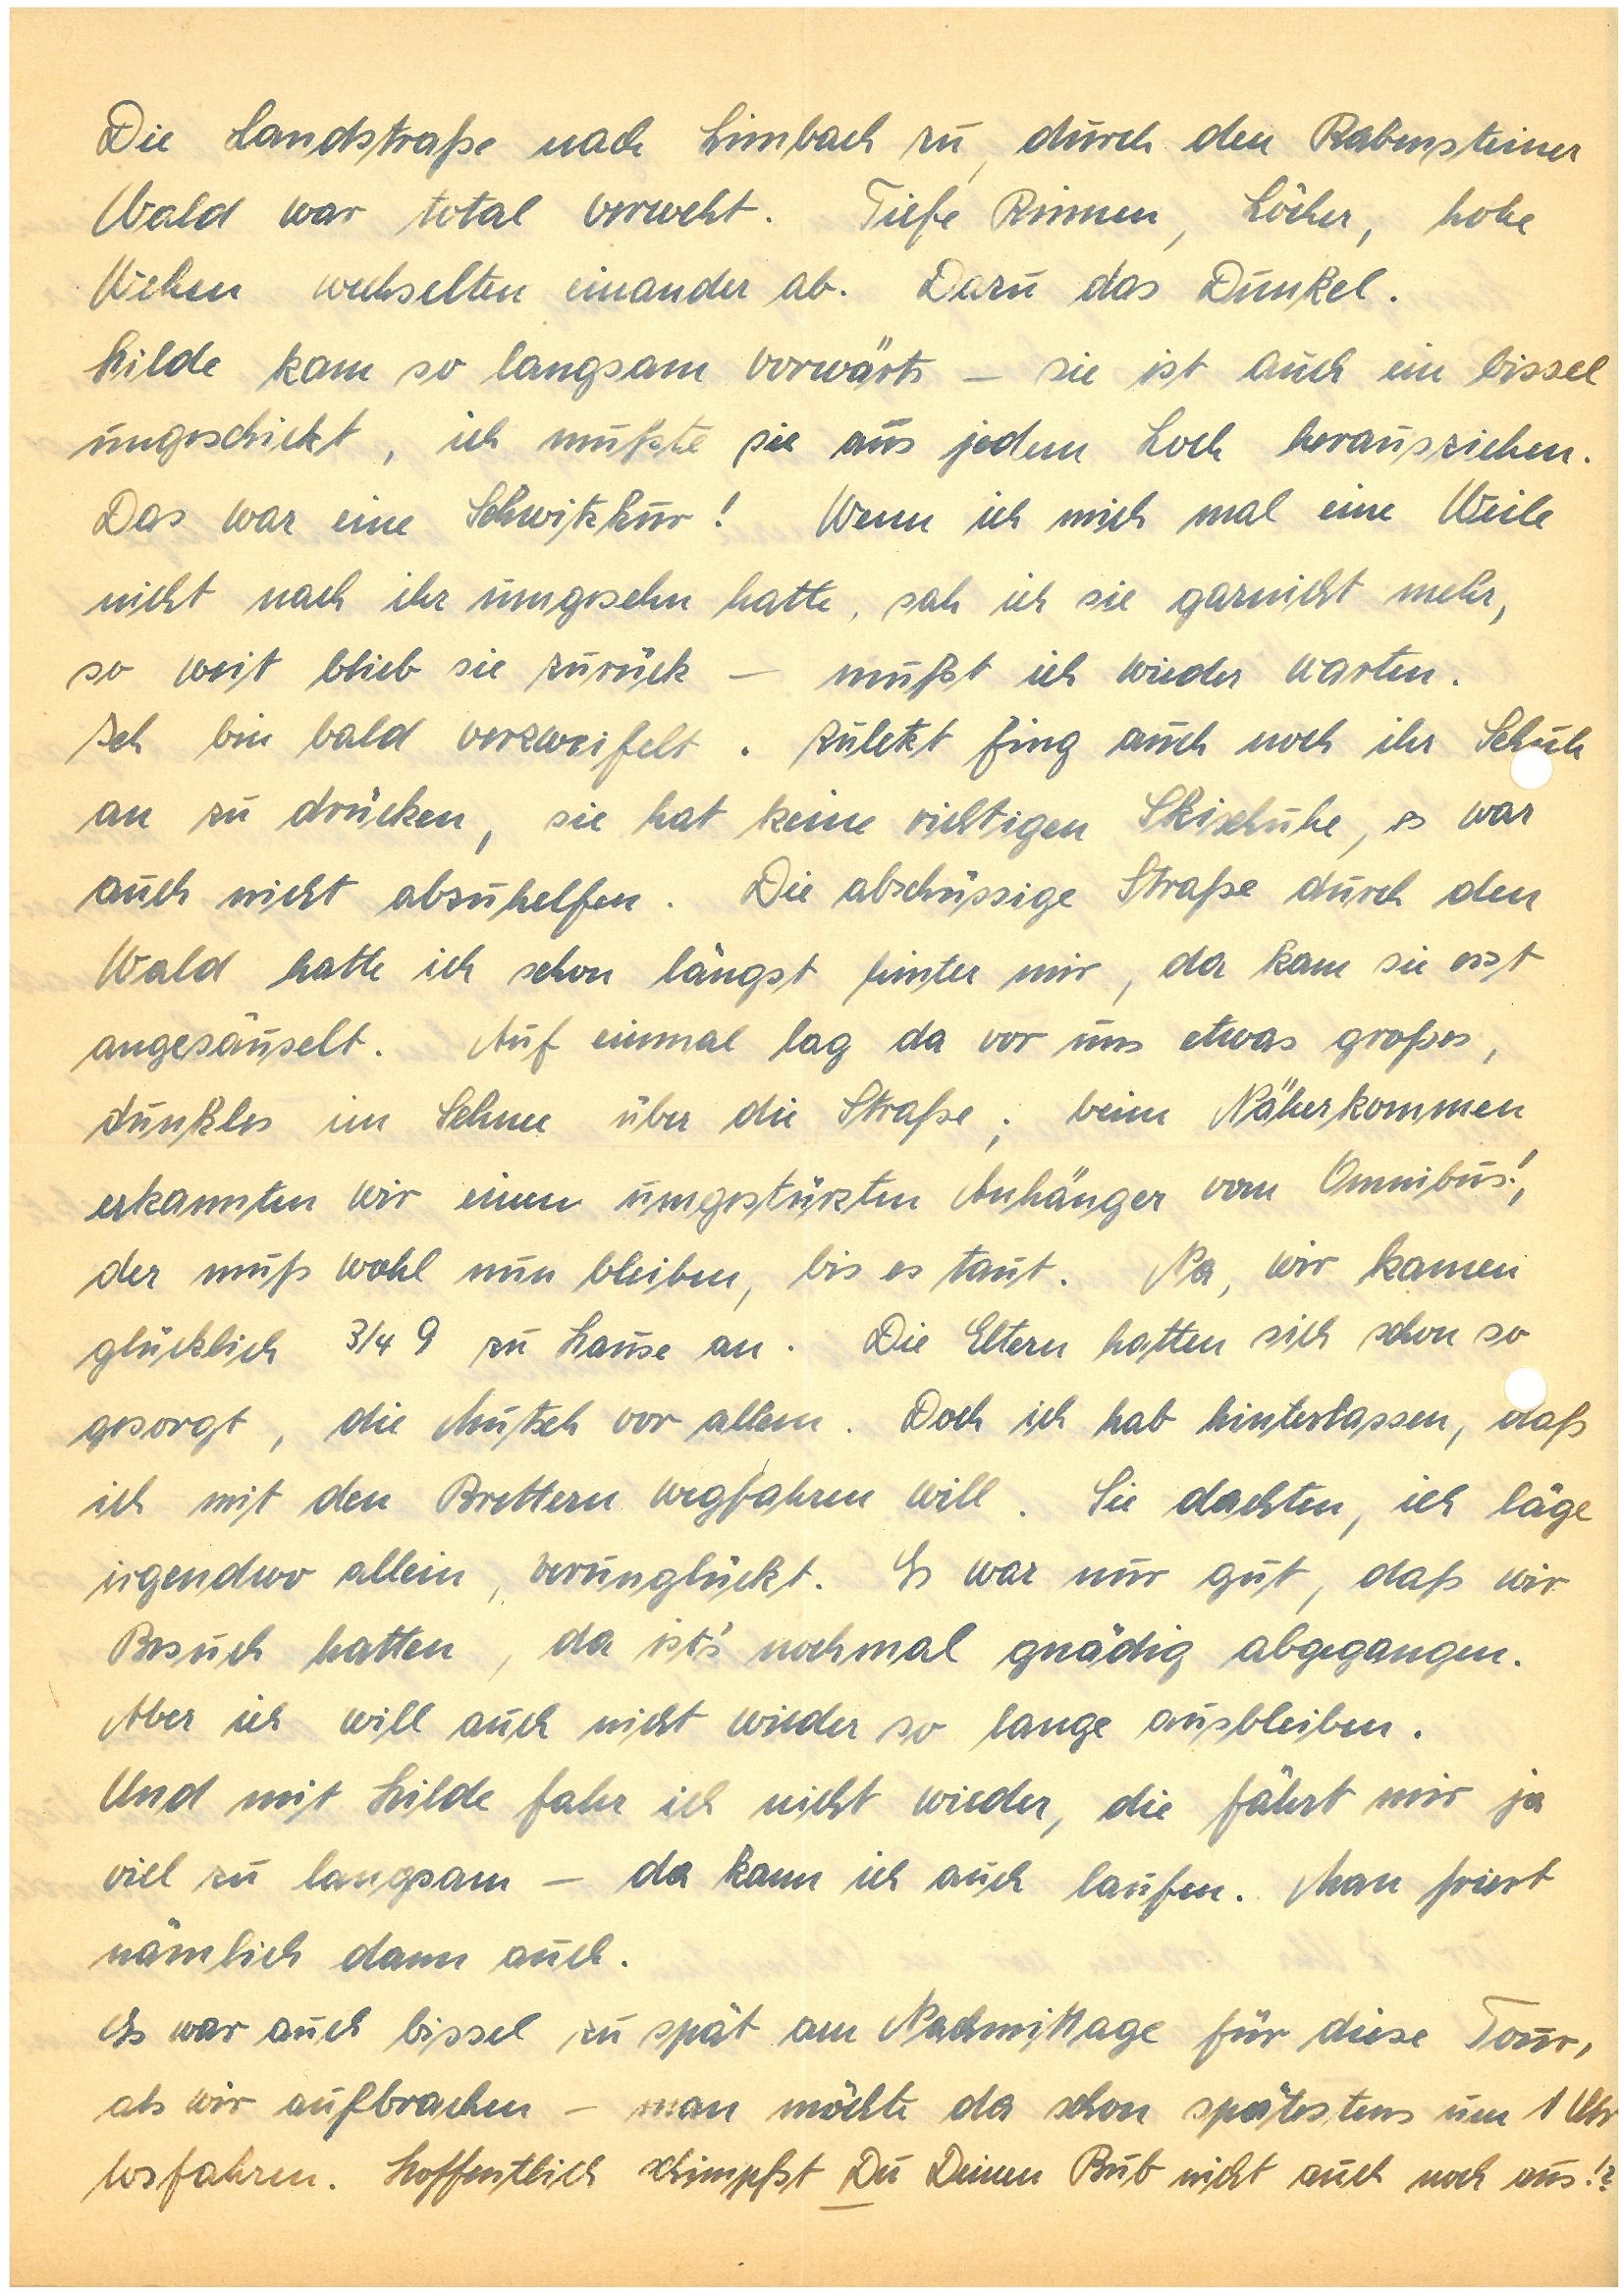
Die Landstraße nach H. zu durch den R.er
Wald war total verweht. Tiefe Rinnen, Löcher, hohe
Wehen wechselten einander ab. Dazu das Dunkel.
Hilde kam so langsam vorwärts – sie ist auch ein bissel
ungeschickt, ich mußte sie aus jedem Loch herausziehen.
Das war eine Schwitzkur! Wenn ich mich mal eine Weile
nicht nach ihr umgesehen hatte, sah ich sie garnicht mehr,
so weit blieb sie zurück – mußt ich wieder warten.
Ich bin bald verzweifelt. Zuletzt fing auch noch ihr Schuh
an zu drücken, sie hat keine richtigen Skischuhe, es war
auch nicht abzuhelfen. Die abschüssige Straße durch den
Wald hatte ich schon längst hinter mir, da kam sie erst
angesäuselt. Auf einmal lag da vor uns etwas großes,
dunkles im Schnee über die Straße; beim Näherkommen
erkannten wir einen umgestürzten Anhänger vom Omnibus!,
der muß wohl nun bleiben, bis es taut. Na, wir kamen
glücklich ¾ 9 zu Hause an. Die Eltern hatten sich schon so
gesorgt, die Mutsch vor allem. Doch ich hab hinterlassen, daß
ich mit den Brettern wegfahren will. Sie dachten, ich läge
irgendwo allein, verunglückt. Es war nur gut, daß wir
Besuch hatten, da ist’s nochmal gnädig abgegangen.
Aber ich will auch nicht wieder so lang ausbleiben.
Und mit Hilde fahr ich nicht wieder, die fährt mir ja
viel zu langsam – da kann ich auch laufen. Man friert
nämlich dann auch.
Es war auch bissel zu spät am Nachmittage für diese Tour,
als wir aufbrachen – man möchte da schon spätestens um 1 Uhr
losfahren. Hoffentlich schimpfst Du Deinen Bub nicht auch noch aus!?